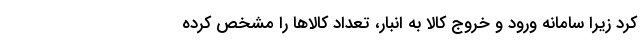
کرد زیرا سامانه ورود و خروج کالا به انبار، تعداد کالاها را مشخص کرده